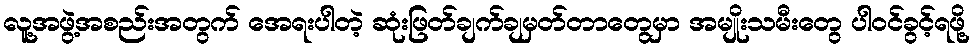
လူ့အဖွဲ့အစည်းအတွက် အေရးပါတဲ့ ဆုံးဖြတ်ချက်ချမှတ်တာတွေမှာ အမျိုးသမီးတွေ ပါဝင်ခွင့်ရဖို့